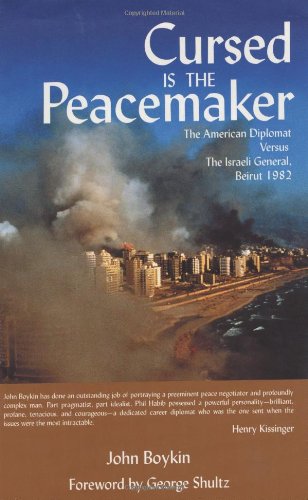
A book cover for Cursed is the Peacemaker: The American Diplomat Versus the Israeli General, Beirut 1982; John Boykin; History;